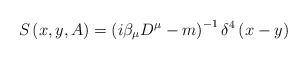
\begin{align*}S\left( x,y,A\right) =\left( i\beta _{\mu }D^{\mu }-m\right) ^{-1}\delta^{4}\left( x-y\right) \end{align*}